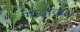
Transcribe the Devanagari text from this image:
गाढ़ीवाल